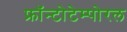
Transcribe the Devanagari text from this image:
फ्रॉन्टोटेम्पोरल